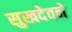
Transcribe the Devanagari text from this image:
सुखदेवने